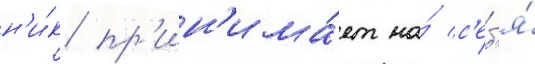
н'и́к пр'ин'има́ет на́ с'еб'я́